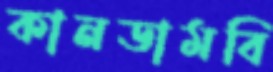
কানডামবি